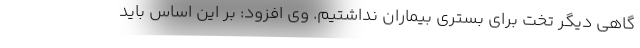
گاهی دیگر تخت برای بستری بیماران نداشتیم. وی افزود: بر این اساس باید